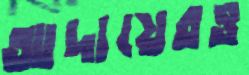
আদায়েরও